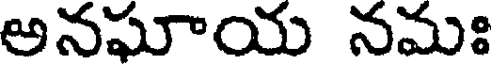
అనఘాయ నమః